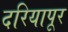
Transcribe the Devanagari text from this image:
दरियापूर